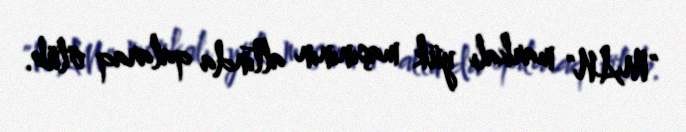
"MAN" markalı yük maşınının altında qalaraq ölüb.